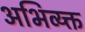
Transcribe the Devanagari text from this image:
अभिव्य्क्त